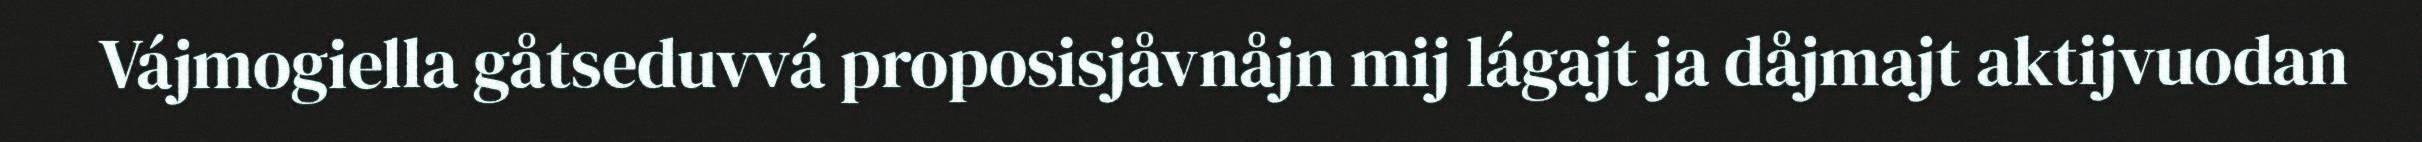
Vájmogiella gåtseduvvá proposisjåvnåjn mij lágajt ja dåjmajt aktijvuodan